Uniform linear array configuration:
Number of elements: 8
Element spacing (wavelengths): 0.5
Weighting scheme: binomial
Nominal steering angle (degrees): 15
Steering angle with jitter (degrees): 15.337
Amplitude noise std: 0.05
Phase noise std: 0.05

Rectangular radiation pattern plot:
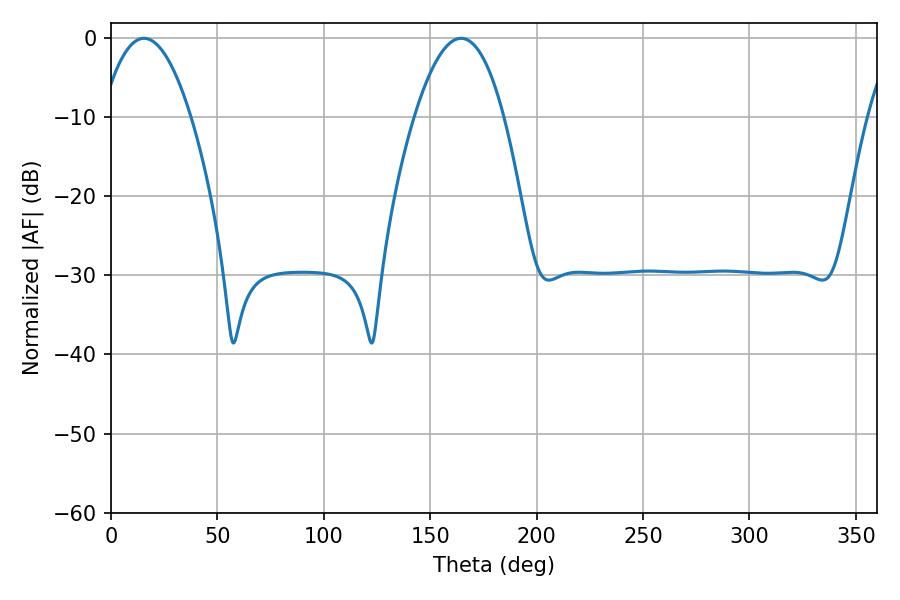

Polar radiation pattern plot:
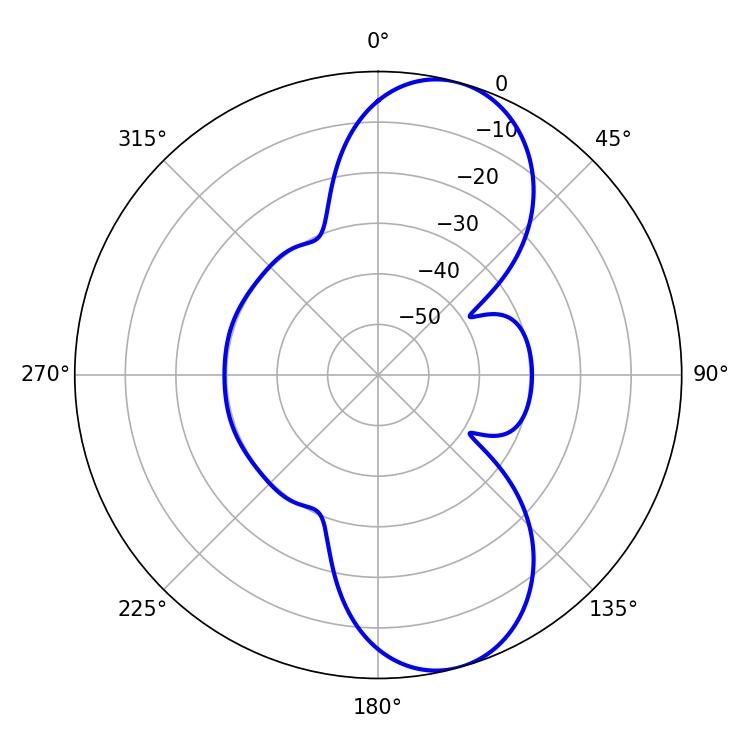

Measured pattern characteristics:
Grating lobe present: FALSE
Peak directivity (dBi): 9.302
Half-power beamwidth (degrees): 23.04
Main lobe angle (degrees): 15.48